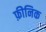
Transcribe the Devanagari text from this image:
फ़ीनिक